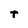
Character: t